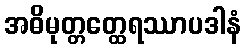
အဓိမုတ္တတ္ထေရဿာပဒါနံ